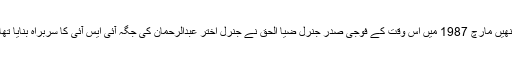
انھیں مارچ 1987 میں اس وقت کے فوجی صدر جنرل ضیا الحق نے جنرل اختر عبدالرحمان کی جگہ آئی ایس آئی کا سربراہ بنایا تھا۔